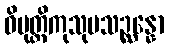
ဝိမုတ္တိကုသုမသဉ္ဆန္နော